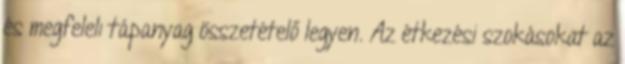
és megfelelı tápanyag összetételő legyen. Az étkezési szokásokat az